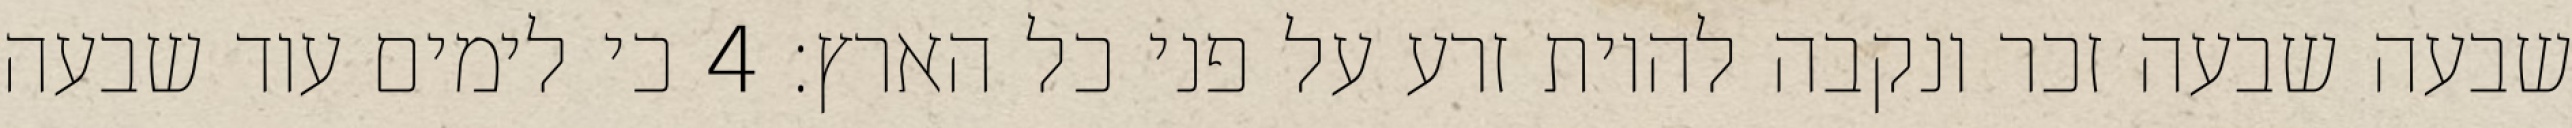
שבעה שבעה זכר ונקבה להיות זרע על פני כל הארץ׃ ‎4‏ כי לימים עוד שבעה